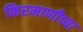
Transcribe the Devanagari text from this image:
किरमाणीच्या